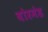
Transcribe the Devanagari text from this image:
बोरमंड